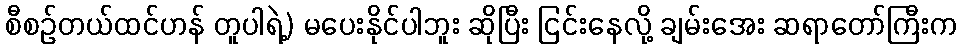
စီစဉ်တယ်ထင်ဟန် တူပါရဲ့) မပေးနိုင်ပါဘူး ဆိုပြီး ငြင်းနေလို့ ချမ်းအေး ဆရာတော်ကြီးက